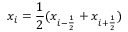
x _ { i } = \frac { 1 } { 2 } ( x _ { i - \frac { 1 } { 2 } } + x _ { i + \frac { 1 } { 2 } } )